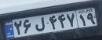
۲۶ل۴۴۷۱۹